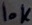
Text: 10K